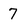
Character: 7